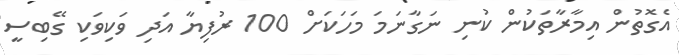
އެގޮތުން އިމާރާތަކުން ކުނި ނަގާނަމަ މަހަކަށް 100 ރުފިޔާ އަދި ވަކިވަކި ގޭބިސީ